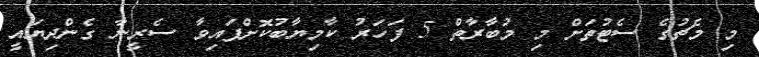
މި މެޗުގެ ސެޓުތަށް މި މުބާރާތް 5 ފަހަރު ކާމިޔާބުކޮށްފައިވާ ސެރީނާ ގެންދިޔައީ